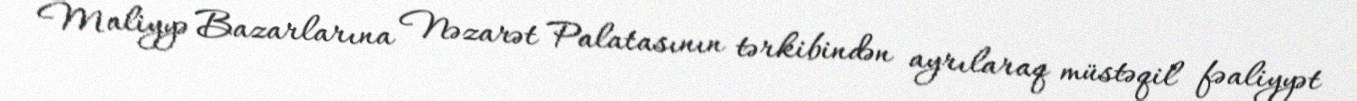
Maliyyə Bazarlarına Nəzarət Palatasının tərkibindən ayrılaraq müstəqil fəaliyyət